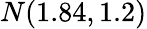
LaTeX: N(1.84,1.2)